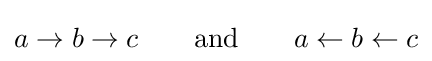
a\rightarrow b\rightarrow c\qquad {\text{and}}\qquad a\leftarrow b\leftarrow c